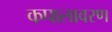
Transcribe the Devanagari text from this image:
कपालावरण